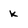
Character: k